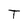
Character: T